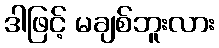
ဒါဖြင့် မချစ်ဘူးလား